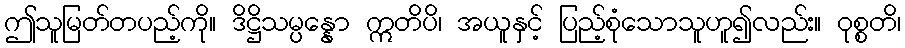
ဤသူမြတ်တပည့်ကို။ ဒိဋ္ဌိသမ္ပန္နော ဣတိပိ၊ အယူနှင့် ပြည့်စုံသောသူဟူ၍လည်း။ ဝုစ္စတိ၊